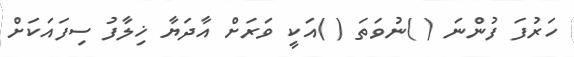
ހަރުފަ ފުންނަ ( )ނުވަތަ ( )އަކީ ވަރަށް އާދަޔާ ޚިލާފު ސިފައަކަށް